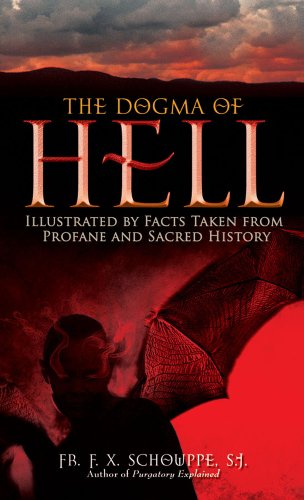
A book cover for The Dogma of Hell: Illustrated by Facts Taken From Profane and Sacred History; Rev. Fr. F. X. Schouppe S.J.; Politics & Social Sciences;